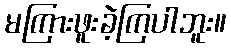
မကြားဖူးခဲ့ကြပါဘူး။